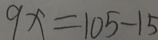
9 x = 1 0 5 - 1 5